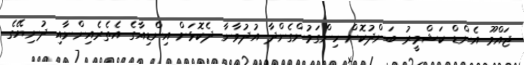
ޖައްމޫ އެންޑް ކަޝްމީރު ބަންދުކޮށް ހިންގަމުންގެންދާ އުދުވާނާ ދެކޮޅަށް އިންޑިއާގެ އެތެރެއިންނާއި ދުނިޔޭގެ